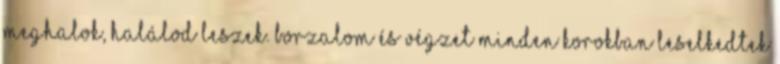
meghalok, halálod leszek. Borzalom és végzet minden korokban leselkedtek